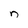
Character: n